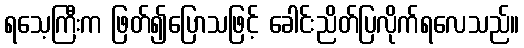
ရသေ့ကြီးက ဖြတ်၍ပြောသဖြင့် ခေါင်းညိတ်ပြလိုက်ရလေသည်။